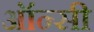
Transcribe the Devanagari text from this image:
ऑन्सी